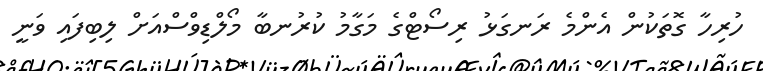
ހުރިހާ ގޮތަކުން އެންމެ ރަނގަޅު ރިސޯޓްގެ މަގާމު ކުރުނބާ މޯލްޑިވްސްއަށް ލިބިފައި ވަނީ